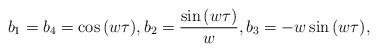
LaTeX: \begin{align*} b_1 = b_4 = \cos{(w \tau)}, b_2 = \frac{\sin{(w \tau)}}{w}, b_3 = - w \sin{(w \tau)},\end{align*}